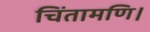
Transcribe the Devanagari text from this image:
चिंतामणि।